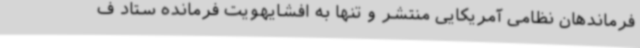
فرماندهان نظامی آمریکایی منتشر و تنها به افشایهویت فرمانده ستاد ف